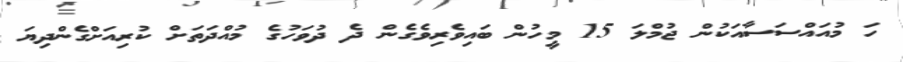
ހަ މުއައްސަސާއަކުން ޖުމްލަ 15 މީހުން ބައިވެރިވެގެން ދެ ދުވަހުގެ މުއްދަތަށް ކުރިއަށްގެންދިޔަ